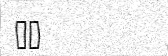
٢٨